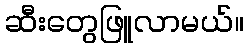
ဆီးတွေဖြူလာမယ်။